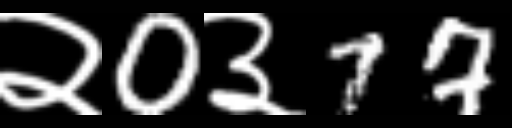
Text: २0३77